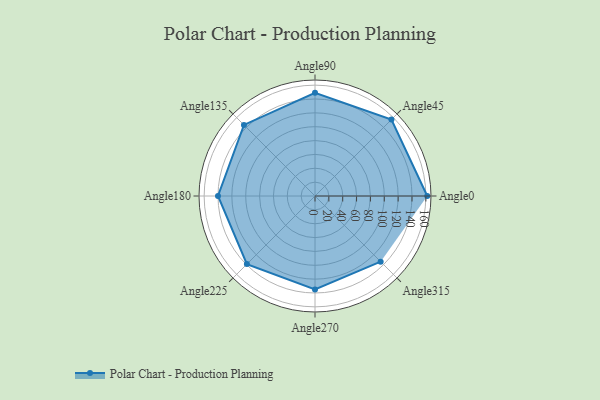
{"axis": {"x": "Angle", "y": "Radius"}, "legend": [""], "data": [{"x": "Angle0", "y": 162.0, "type": ""}, {"x": "Angle45", "y": 156.0, "type": ""}, {"x": "Angle90", "y": 149.0, "type": ""}, {"x": "Angle135", "y": 145.0, "type": ""}, {"x": "Angle180", "y": 140.0, "type": ""}, {"x": "Angle225", "y": 139.0, "type": ""}, {"x": "Angle270", "y": 135.0, "type": ""}, {"x": "Angle315", "y": 134.0, "type": ""}]}